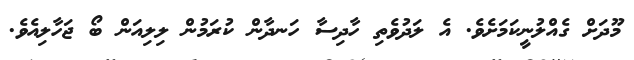
މޫދަށް ގެއްލުނީކަމަށެވެ. އެ ލަދުވެތި ހާދިސާ ހަނދާން ކުރަމުން ލިލިއަން ބޯ ޖަހާލިއެވެ.